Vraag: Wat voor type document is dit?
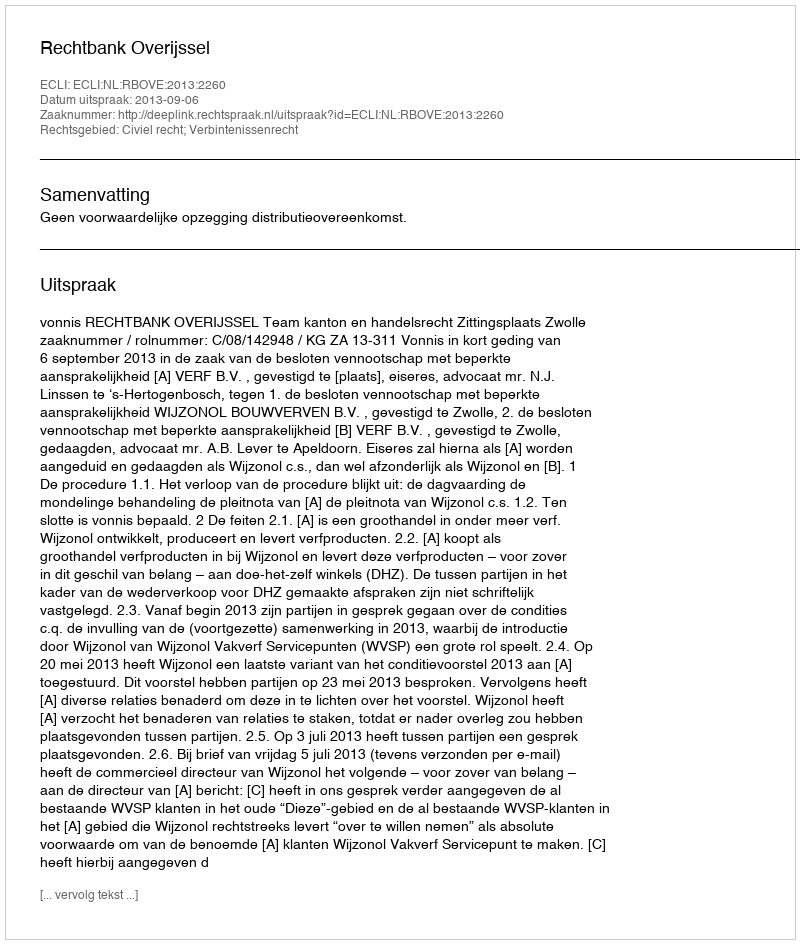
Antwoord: Uitspraak